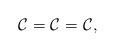
LaTeX: \begin{align*}\mathcal{C}^{} = \mathcal{C}^{} = \mathcal{C}^{}, \end{align*}